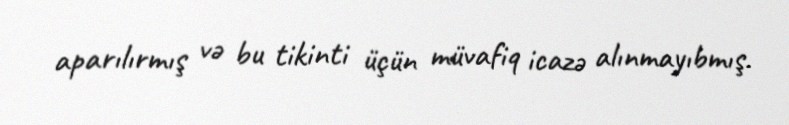
aparılırmış və bu tikinti üçün müvafiq icazə alınmayıbmış.